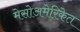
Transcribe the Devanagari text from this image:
मेसोअमेरिकेत